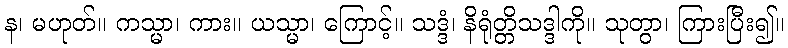
န၊ မဟုတ်။ ကသ္မာ၊ ကား။ ယသ္မာ၊ ကြောင့်။ သဒ္ဒံ၊ နိရုံတ္တိသဒ္ဒါကို။ သုတွာ၊ ကြားပြီး၍။